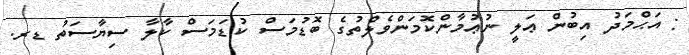
: އަޙްމަދު އިބުން ޢަލީ ނުޢުމާންކޮމަންވެލްތުގެ ބޮޑުމަސް ކުޑަމަސް ކާލާ ސިޔާސަތު ޑރ.